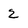
Character: 2